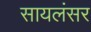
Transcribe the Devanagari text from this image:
सायलंसर